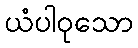
ယံပါဝုသော